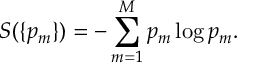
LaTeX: S ( \{ p _ { m } \} ) = - \sum _ { m = 1 } ^ { M } p _ { m } \log p _ { m } .